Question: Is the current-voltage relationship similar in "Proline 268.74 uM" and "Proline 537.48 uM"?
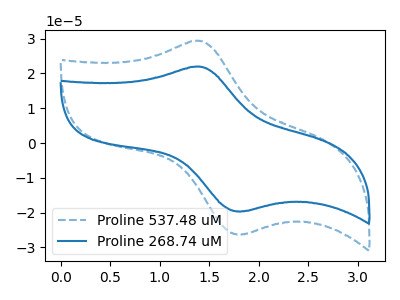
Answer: <think>The blue dashed curve "Proline 537.48 uM" has an anodic peak at (1.40V, 29.35uA) and a cathodic peak at (1.85V, -26.20uA). The blue curve "Proline 268.74 uM" has an anodic peak at (1.40V, 21.95uA) and a cathodic peak at (1.85V, -19.60uA).
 All the peaks in "Proline 268.74 uM" have a peak in "Proline 537.48 uM" at the same potential. Every peak in "Proline 268.74 uM" is lower than every peak in "Proline 537.48 uM".</think>
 <answer>"Proline 268.74 uM" and "Proline 537.48 uM" are similar in shape.</answer>
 <eval>same_shape</eval>